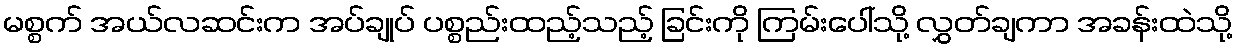
မစ္စက် အယ်လဆင်းက အပ်ချုပ် ပစ္စည်းထည့်သည့် ခြင်းကို ကြမ်းပေါ်သို့ လွှတ်ချကာ အခန်းထဲသို့